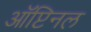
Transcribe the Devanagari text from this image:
ऑप्टिनल